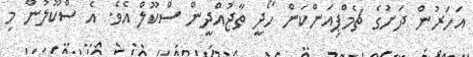
އަހަރުން ދަށުގެ ޗެމްޕިއަންކަން ހޯދީ ތާޖުއްދީން ސްކޫލް އެވެ. އެ ސްކޫލުން މި